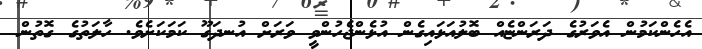
އެހެންކަމުން އެވަރުގެ ދަރަންޏެއް ބޮލުއަޅައިގެން އުޅެންޖެހުންވީ ވަރަށް އުނދަގޫ ކަމަކަށެވެ. ހާލަތުގެ ގޮތުން